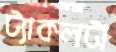
ট্যাকলটা